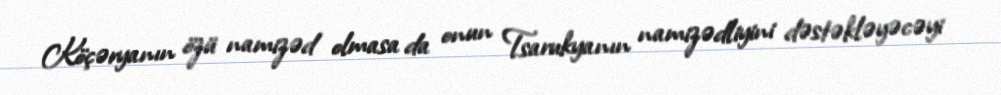
Köçəryanın özü namizəd olmasa da onun Tsarukyanın namizədliyini dəstəkləyəcəyi